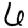
Digit: 6